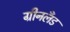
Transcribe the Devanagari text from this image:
ग्रीनलॅंड